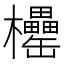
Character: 𣡧